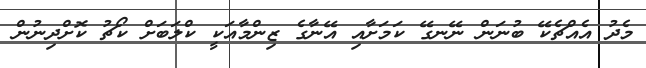
މެދު އެއްޗެކޭ ބުނަން ނޭނގޭ ކަމަށާއި އޭނާގެ ޒިންމާއަކީ ކްލަބަށް ކޯޗު ކޮށްދިނުން